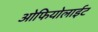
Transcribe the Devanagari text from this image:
ओफियोलाईट